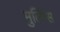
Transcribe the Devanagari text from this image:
मुलिंग्स